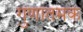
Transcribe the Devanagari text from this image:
गुणातमक